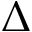
\Delta